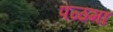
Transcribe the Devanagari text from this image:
पळमां